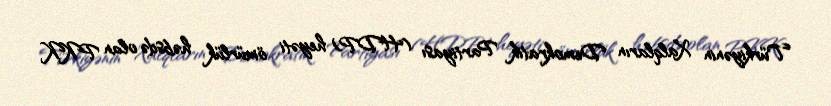
Türkiyənin Xalqların Demokratik Partiyası (HDP) heyəti ömürlük həbsdə olan PKK